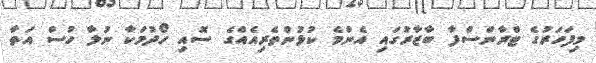
މިފަހަރުގެ ޓްރާންސްފާ ބާޒާރުގައި އެންމެ ކުޅުންތެރިއެއްގެ ސޮއި ހޯދުމަކާ ނުލާ ހުސް އަތާ